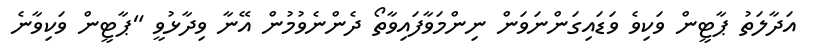
އަދާލަތު ޕާޓީން ވަކިވެ ވަޑައިގަންނަވަން ނިންމަވާފައިވާތޯ ދެންނެވުމުން އޭނާ ވިދާޅުވީ "ޕާޓީން ވަކިވާނެ